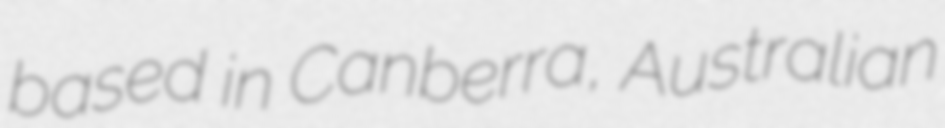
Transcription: based in Canberra, Australian